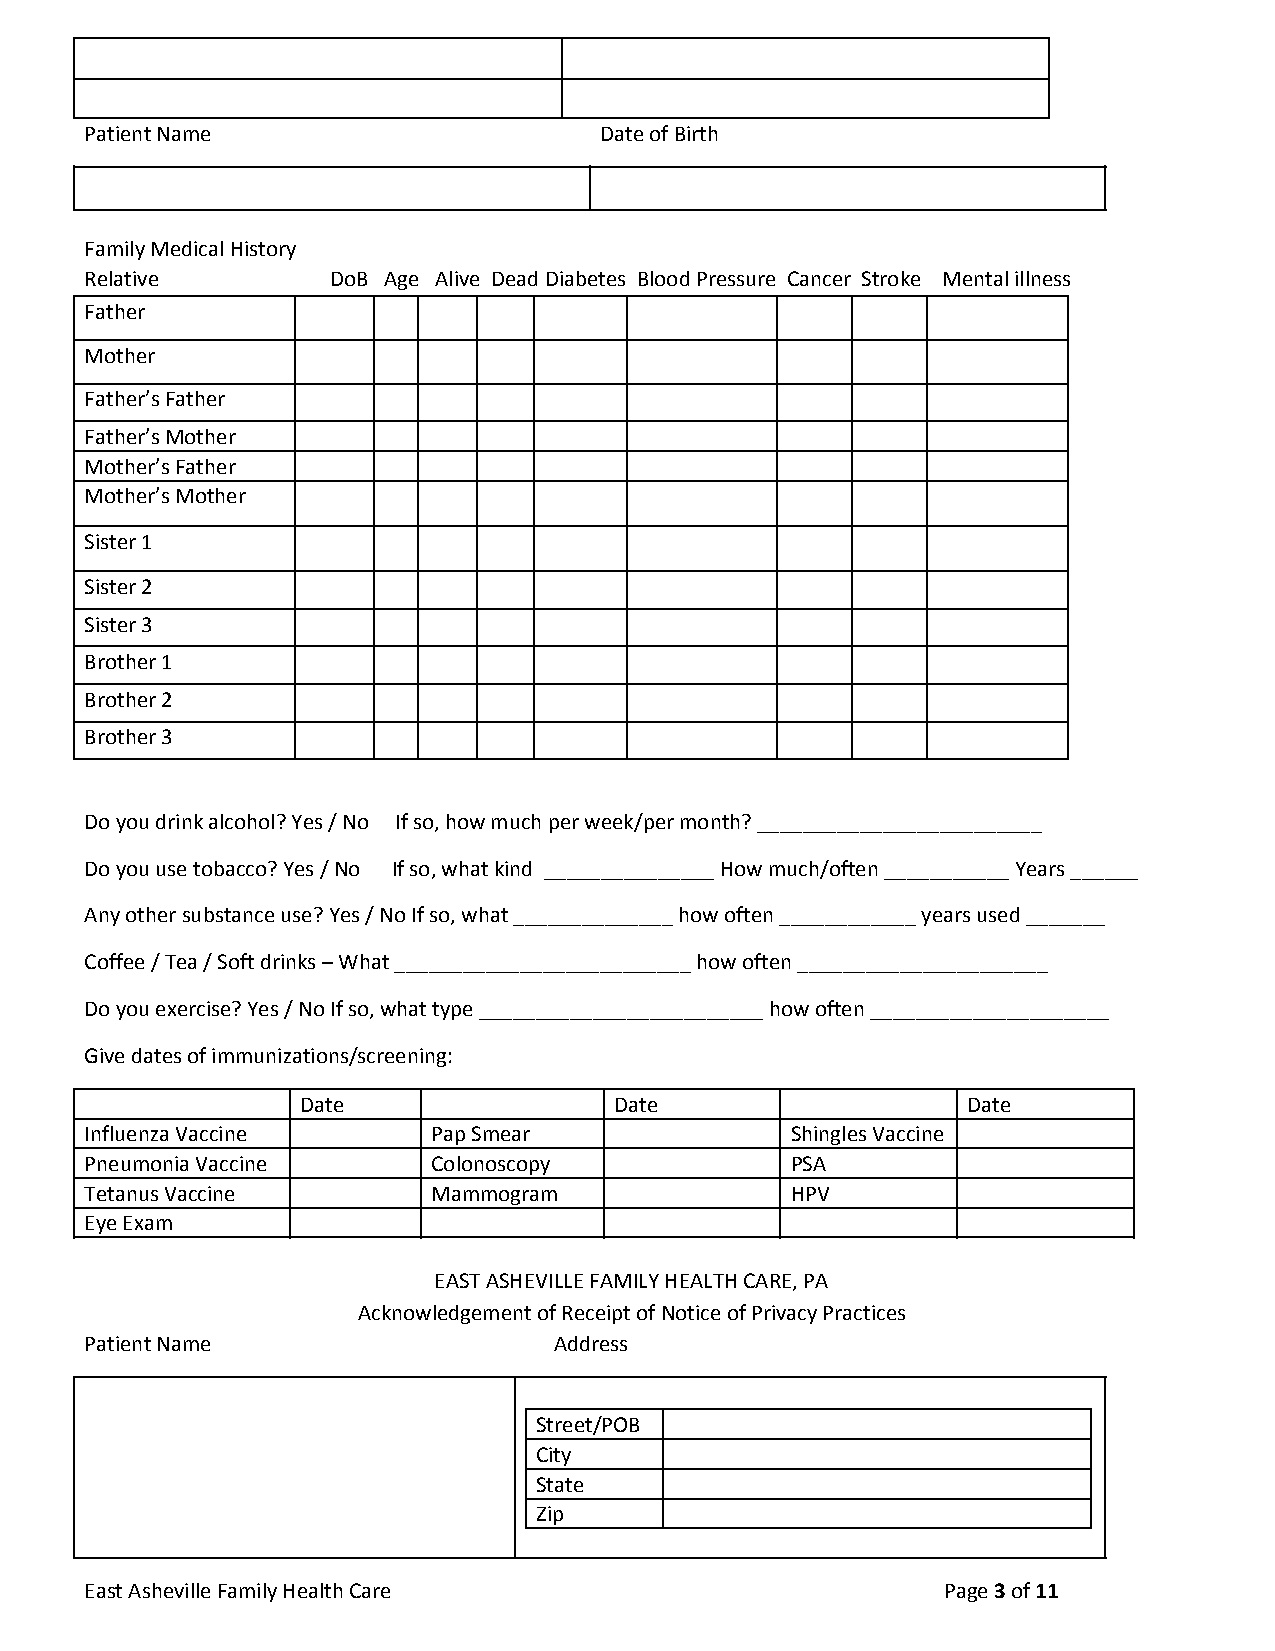
Patient Name                      Date of Birth
 Family Medical History
 Relative        DoB Age Alive Dead Diabetes Blood Pressure Cancer Stroke Mental illness
 Father
 Mother
 Father’s Father
 Father’s Mother
 Mother’s Father
 Mother’s Mother
 Sister 1
 Sister 2
 Sister 3
 Brother 1
 Brother 2
 Brother 3
 Do you drink alcohol? Yes / No If so, how much per week/per month? _________________________
 Do you use tobacco? Yes / No If so, what kind _______________ How much/often ___________ Years ______
 Any other substance use? Yes / No If so, what ______________ how often ____________ years used _______
 Coffee / Tea / Soft drinks – What __________________________ how often ______________________
 Do you exercise? Yes / No If so, what type _________________________ how often _____________________
 Give dates of immunizations/screening:
 Date                 Date                   Date
 Influenza Vaccine      Pap Smear              Shingles Vaccine
 Pneumonia Vaccine      Colonoscopy            PSA
 Tetanus Vaccine        Mammogram              HPV
 Eye Exam
 EAST ASHEVILLE FAMILY HEALTH CARE, PA
 Acknowledgement of Receipt of Notice of Privacy Practices
 Patient Name                   Address
 Street/POB
 City
 State
 Zip
 East Asheville Family Health Care                       Page 3 of 11
 ​ ​ ​